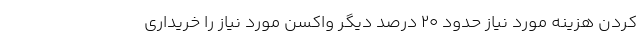
کردن هزینه مورد نیاز حدود ۲۰ درصد دیگر واکسن مورد نیاز را خریداری